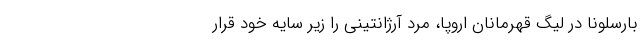
بارسلونا در لیگ قهرمانان اروپا، مرد آرژانتینی را زیر سایه خود قرار